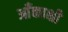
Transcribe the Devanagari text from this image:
आँकाक्षी